Annual report on the mental hospital in the Central Provinces and Berar (Nagpur) - 1927-1951
Year: 1927
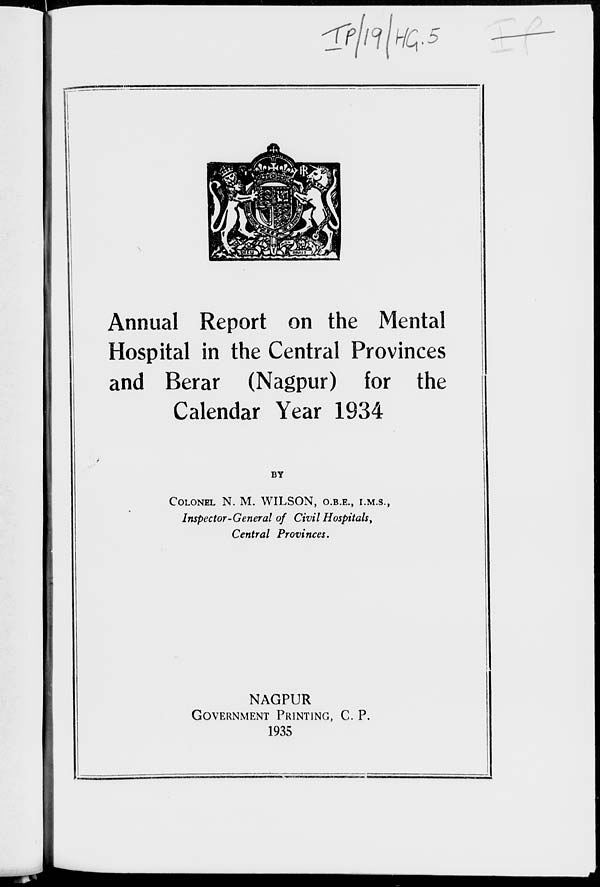
Annual Report on the Mental
Hospital in the Central Provinces
and Berar (Nagpur) for the
Calendar Year 1934
BY
COLONEL N. M. WILSON, O.B.E., I.M.S.,
Inspector-General of Civil Hospitals,
Central Provinces.
NAGPUR
GOVERNMENT PRINTING, C. P.
1935